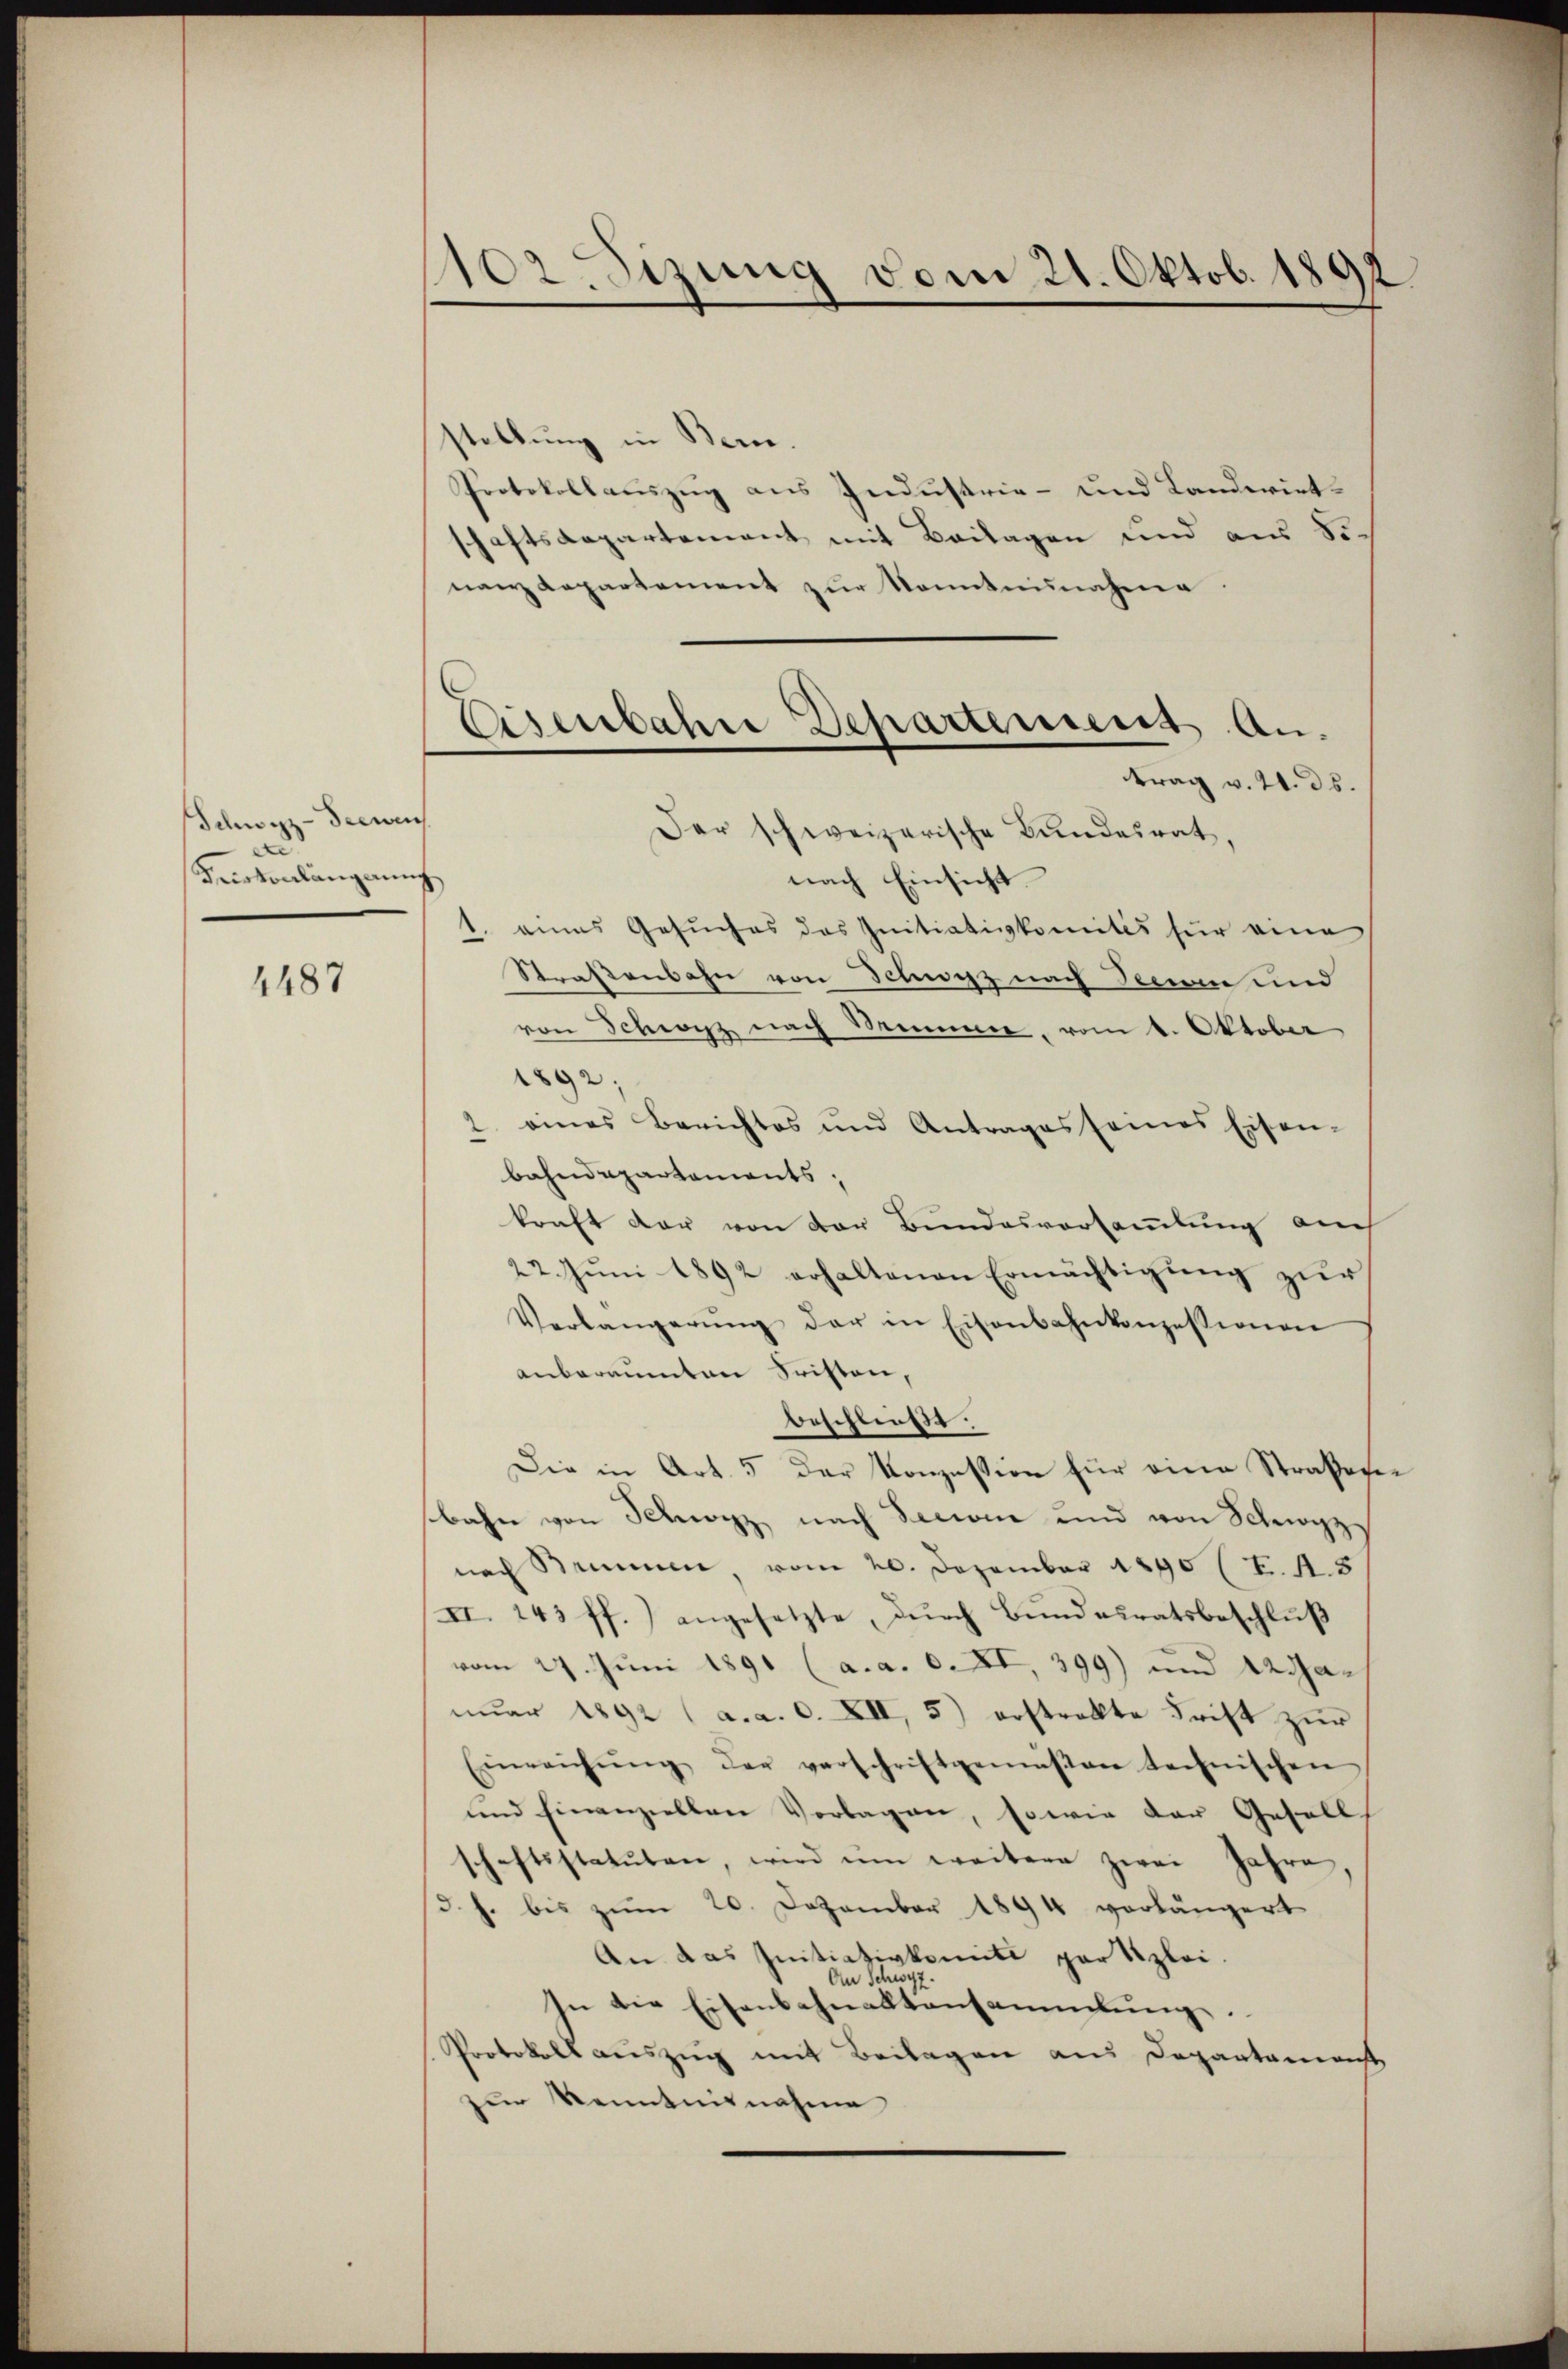
Schwyz-Seewen
Kriskonlängerung

1487

Hodizung vom 21. Oktob. 1892.

stellung in Bern.
Protokollauszug aus Industrie- und Landwirtschaftsdepartement mit Beilagen und aus Sinan Kapartement zur Sonntennahme
Der schweizerische Bundesrat,
nach Einsicht.
1. eines Gesuches des Initiativkomités für eine
Straßenbahn von Schwyz nach ein und
von Schwyz nach Breme, vom 1. Oktober
1892;
2. eines Berichtes und Antrages seines Eisen-
bahndepartements,
kraft der von der Bundesversammlung auch
22. Jŭni 1892 erhaltenen Ermächtigung zur
Verlangerŭng der in Eisenbahnkonzessionen
anberaumten Fristen,
beschließt:
Die in Art. 5 der Konzession für eine Straßene
bahn von Schwyz nach Senior und von Schwyz
nach Brinen vom 20. Dezember 1890 (T. S. 8
II. 143 ff.) angesetzte, durch Bundesratsbeschluß
vom 27. Juni 1891 (a. a. 0. XI, 399) und Adanŭar 1892 (a. a. c. XII, 5) erstrakte Frist zŭr
Einreichŭng der verschriftgemessen technischen
und hinanziellen Vorlagen, sowie der Gesell
schaftsstatuten, wird im weitere zwei Jahre,
d. h. bis zum 20. Dezember 1894 verlängert
An das Initiativkomité par Kzlei.
An Schwyz
In die Eisenbahnaktansammlŭng.
Protokoll auszug mit Beilagen aus Departamenst
zur Kenntnisnahme

Eisenbahre Departemens an.
trag v. 21. ds.